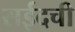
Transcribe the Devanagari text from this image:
सईदची